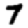
Digit: 7